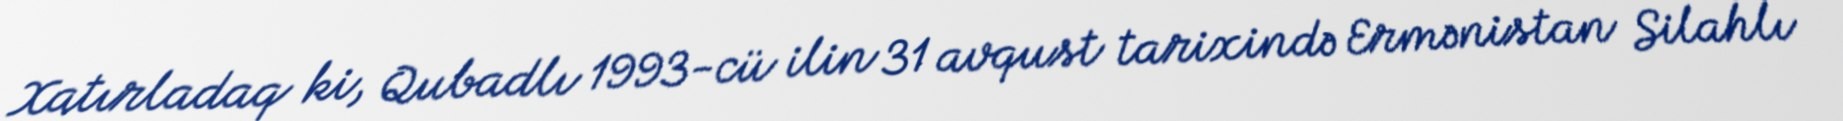
Xatırladaq ki, Qubadlı 1993-cü ilin 31 avqust tarixində Ermənistan Silahlı